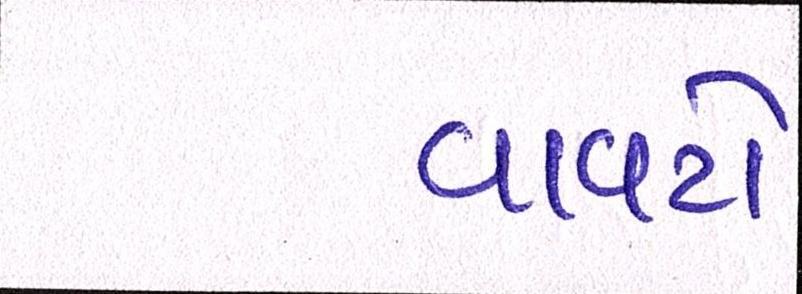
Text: વાવટો